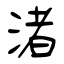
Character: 渚